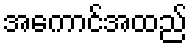
အကောင်အထည်